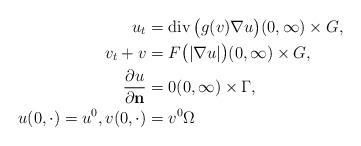
LaTeX: \begin{align*}u_{t} &= \mathrm{div}\,\big(g(v) \nabla u\big) (0, \infty) \times G, \\v_{t} + v &= F\big(|\nabla u|\big) (0, \infty) \times G, \\\frac{\partial u}{\partial \mathbf{n}} &= 0 (0, \infty) \times \Gamma, \\u(0, \cdot) = u^{0}, v(0, \cdot) &= v^{0} \Omega\end{align*}